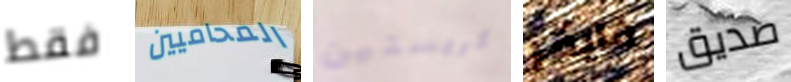
فقط المحاميين كريستين فايفر صديق